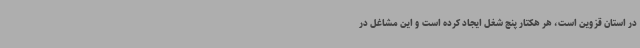
در استان قزوین است، هر هکتار پنج شغل ایجاد کرده است و این مشاغل در